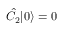
\hat { C } _ { 2 } | 0 \rangle = 0